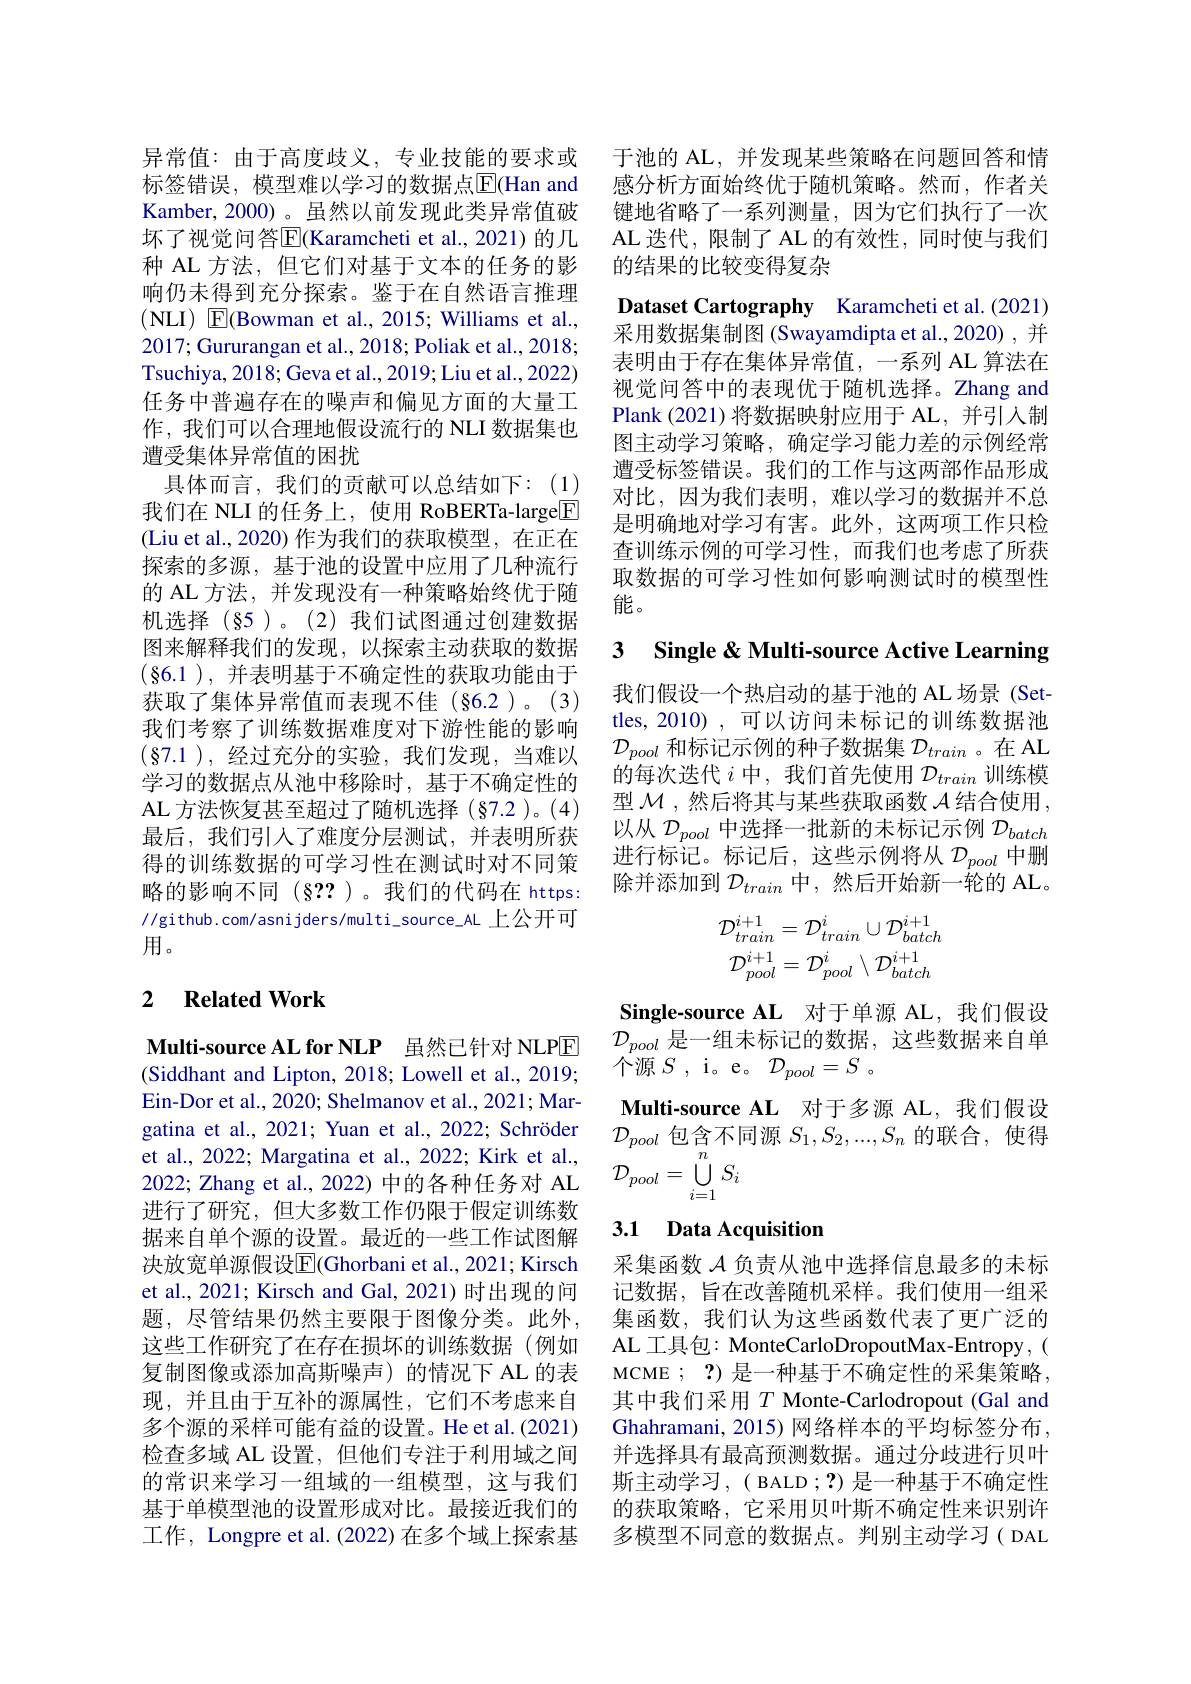
异常值：由于高度歧义，专业技能的要求或标签错误，模型难以学习的数据点$\overline{\mathrm{E}}($Han and Kamber, 2000)。虽然以前发现此类异常值破坏了视觉问答$\overline{\mathrm{E}}$(Karamcheti et al., 2021)的几种 AL 方法，但它们对基于文本的任务的影响仍未得到充分探索。鉴于在自然语言推理(NLI) E(Bowman et al., 2015; Williams et al., 2017; Gururangan et al., 2018; Poliak et al., 2018; Tsuchiya, 2018; Geva et al., 2019; Liu et al., 2022) 任务中普遍存在的噪声和偏见方面的大量工作，我们可以合理地假设流行的 NLI 数据集也遭受集体异常值的困扰
具体而言，我们的贡献可以总结如下：(1) 我们在 NLI 的任务上，使用 RoBERTa-large$\boxed{\mathrm{F}}$ (Liu et al., 2020) 作为我们的获取模型，在正在探索的多源，基于池的设置中应用了几种流行的 AL 方法，并发现没有一种策略始终优于随机选择(§5)。(2)我们试图通过创建数据图来解释我们的发现，以探索主动获取的数据$(\S6.1)$,并表明基于不确定性的获取功能由于获取了集体异常值而表现不佳(§6.2)。(3) 我们考察了训练数据难度对下游性能的影响$(\S7.1)$,经过充分的实验，我们发现，当难以学习的数据点从池中移除时，基于不确定性的AL 方法恢复甚至超过了随机选择(§7.2)。(4) 最后，我们引入了难度分层测试，并表明所获得的训练数据的可学习性在测试时对不同策略的影响不同(§??)。我们的代码在 https: //github.com/asnijders/multi\_source\_AL 上公开可用。

### 2 $\textbf{Related Work}$

Multi-source AL for NLP 虽然已针对 NLPE (Siddhant and Lipton, 2018; Lowell et al., 2019; Ein-Dor et al., 2020; Shelmanov et al., 2021; Margatina et al., 2021; Yuan et al., 2022; Schröder et al., 2022; Margatina et al., 2022; Kirk et al., 进行了研究，但大多数工作仍限于假定训练数据来自单个源的设置。最近的一些工作试图解决放宽单源假设$\overline{\mathrm{E}}($Ghorbani et al., 2021; Kirsch et al., 2021; Kirsch and Gal, 2021) 时出现的问题，尽管结果仍然主要限于图像分类。此外， 这些工作研究了在存在损坏的训练数据(例如复制图像或添加高斯噪声)的情况下 AL 的表现，并且由于互补的源属性，它们不考虑来自多个源的采样可能有益的设置。He et al.(2021) 检查多域 AL 设置，但他们专注于利用域之间的常识来学习一组域的一组模型，这与我们基于单模型池的设置形成对比。最接近我们的工作，Longpre et al. (2022) 在多个域上探索基

于池的 AL, 并发现某些策略在问题回答和情感分析方面始终优于随机策略。然而，作者关键地省略了一系列测量，因为它们执行了一次AL 迭代，限制了 AL 的有效性，同时使与我们的结果的比较变得复杂

Dataset Cartography Karamcheti et al.(2021) 采用数据集制图 (Swayamdipta et al.,2020) , 并表明由于存在集体异常值，一系列 AL 算法在视觉问答中的表现优于随机选择。Zhang and Plank (2021)将数据映射应用于 AL, 并引入制图主动学习策略，确定学习能力差的示例经常遭受标签错误。我们的工作与这两部作品形成对比，因为我们表明，难以学习的数据并不总是明确地对学习有害。此外，这两项工作只检查训练示例的可学习性，而我们也考虑了所获取数据的可学习性如何影响测试时的模型性能。

3 Single& Multi-source Active Learning

我们假设一个热启动的基于池的 AL 场景 (Set-) tles, 2010) , 可以访问未标记的训练数据池$\mathcal{D}_{pool}$和标记示例的种子数据集$\mathcal{D}_train$ 。在 AL 的每次迭代$i$中，我们首先使用$\mathcal{D}_train$训练模型$\mathcal{M}$,然后将其与某些获取函数$\mathcal{A}$结合使用， 以从$\mathcal{D}_{pool}$中选择一批新的未标记示例$\mathcal{D}_batch$ 进行标记。标记后，这些示例将从$\mathcal{D}_pool$中删除并添加到$\mathcal{D}_{train}$中，然后开始新一轮的 AL。
$$\mathcal{D}_{train}^{i+1}=\mathcal{D}_{train}^{i}\cup\mathcal{D}_{batch}^{i+1}\\\mathcal{D}_{pool}^{i+1}=\mathcal{D}_{pool}^{i}\setminus\mathcal{D}_{batch}^{i+1}$$
Single-source AL 对于单源 AL,我们假设$\mathcal{D}_{pool}$是一组未标记的数据，这些数据来自单$\dot{\text{个源 }S}$,i。e。$\mathcal{D} _pool= S$ .
$\textbf{Multi- source AL}$对于多源 AL,我们假设$\mathcal{D}_{pool}$包含不同源$S_1,S_2,...,S_n$的联合，使得
et al., 2022; Margatina et al., 2022; Kirk et al., $\mathcal{D} _{pool}= \bigcup _{i= 1}^{n}S_{i}$

## 3.1 Data Acquisition

采集函数$\mathcal{A}$负责从池中选择信息最多的未标记数据，旨在改善随机采样。我们使用一组采集函数，我们认为这些函数代表了更广泛的AL 工具包：MonteCarloDropoutMax-Entropy, ( MCME ; ?) 是一种基于不确定性的采集策略， 其中我们采用$T$ Monte-Carlodropout (Gal and Ghahramani, 2015) 网络样本的平均标签分布， 并选择具有最高预测数据。通过分歧进行贝叶斯主动学习，( BALD ; ?) 是一种基于不确定性的获取策略，它采用贝叶斯不确定性来识别许多模型不同意的数据点。判别主动学习( DAL